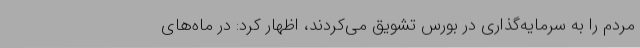
مردم را به سرمایه‌گذاری در بورس تشویق می‌کردند، اظهار کرد: در ماه‌های